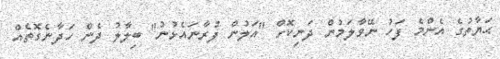
ޙަޔާތުގެ އެންމެ ފަހު ނޭވާލަމުން ދަނިކޮށް "އަލުން ފުރާނައެޅުނު" ބިލާލު ދެން ހަދާނެގޮތެއް